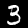
Label: 3